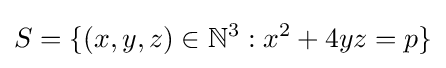
S=\{(x,y,z)\in \mathbb {N} ^{3}:x^{2}+4yz=p\}